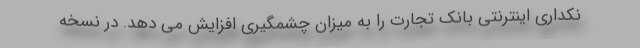
نکداری اینترنتی بانک تجارت را به میزان چشمگیری افزایش می دهد. در نسخه